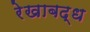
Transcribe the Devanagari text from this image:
रेखाबद्ध